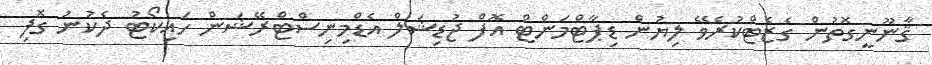
ޤާނޫނީގޮތުން ގެޒެޓްކުރެވޭ ލިޔުން ޑިޕާޓްމަންޓް އޮފް ޖުޑިޝަލް އެޑްމިނިސްޓްރޭޝަން ހައިކޯޓު ދެކުނު ގޮފި